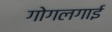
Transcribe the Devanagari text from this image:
गोगलगाई